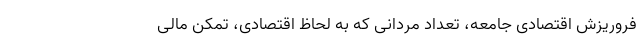
فروریزش اقتصادی جامعه، تعداد مردانی که به لحاظ اقتصادی، تمکن مالی